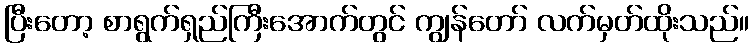
ပြီးတော့ စာရွက်ရှည်ကြီးအောက်တွင် ကျွန်တော် လက်မှတ်ထိုးသည်။